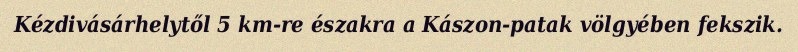
Kézdivásárhelytől 5 km-re északra a Kászon-patak völgyében fekszik.